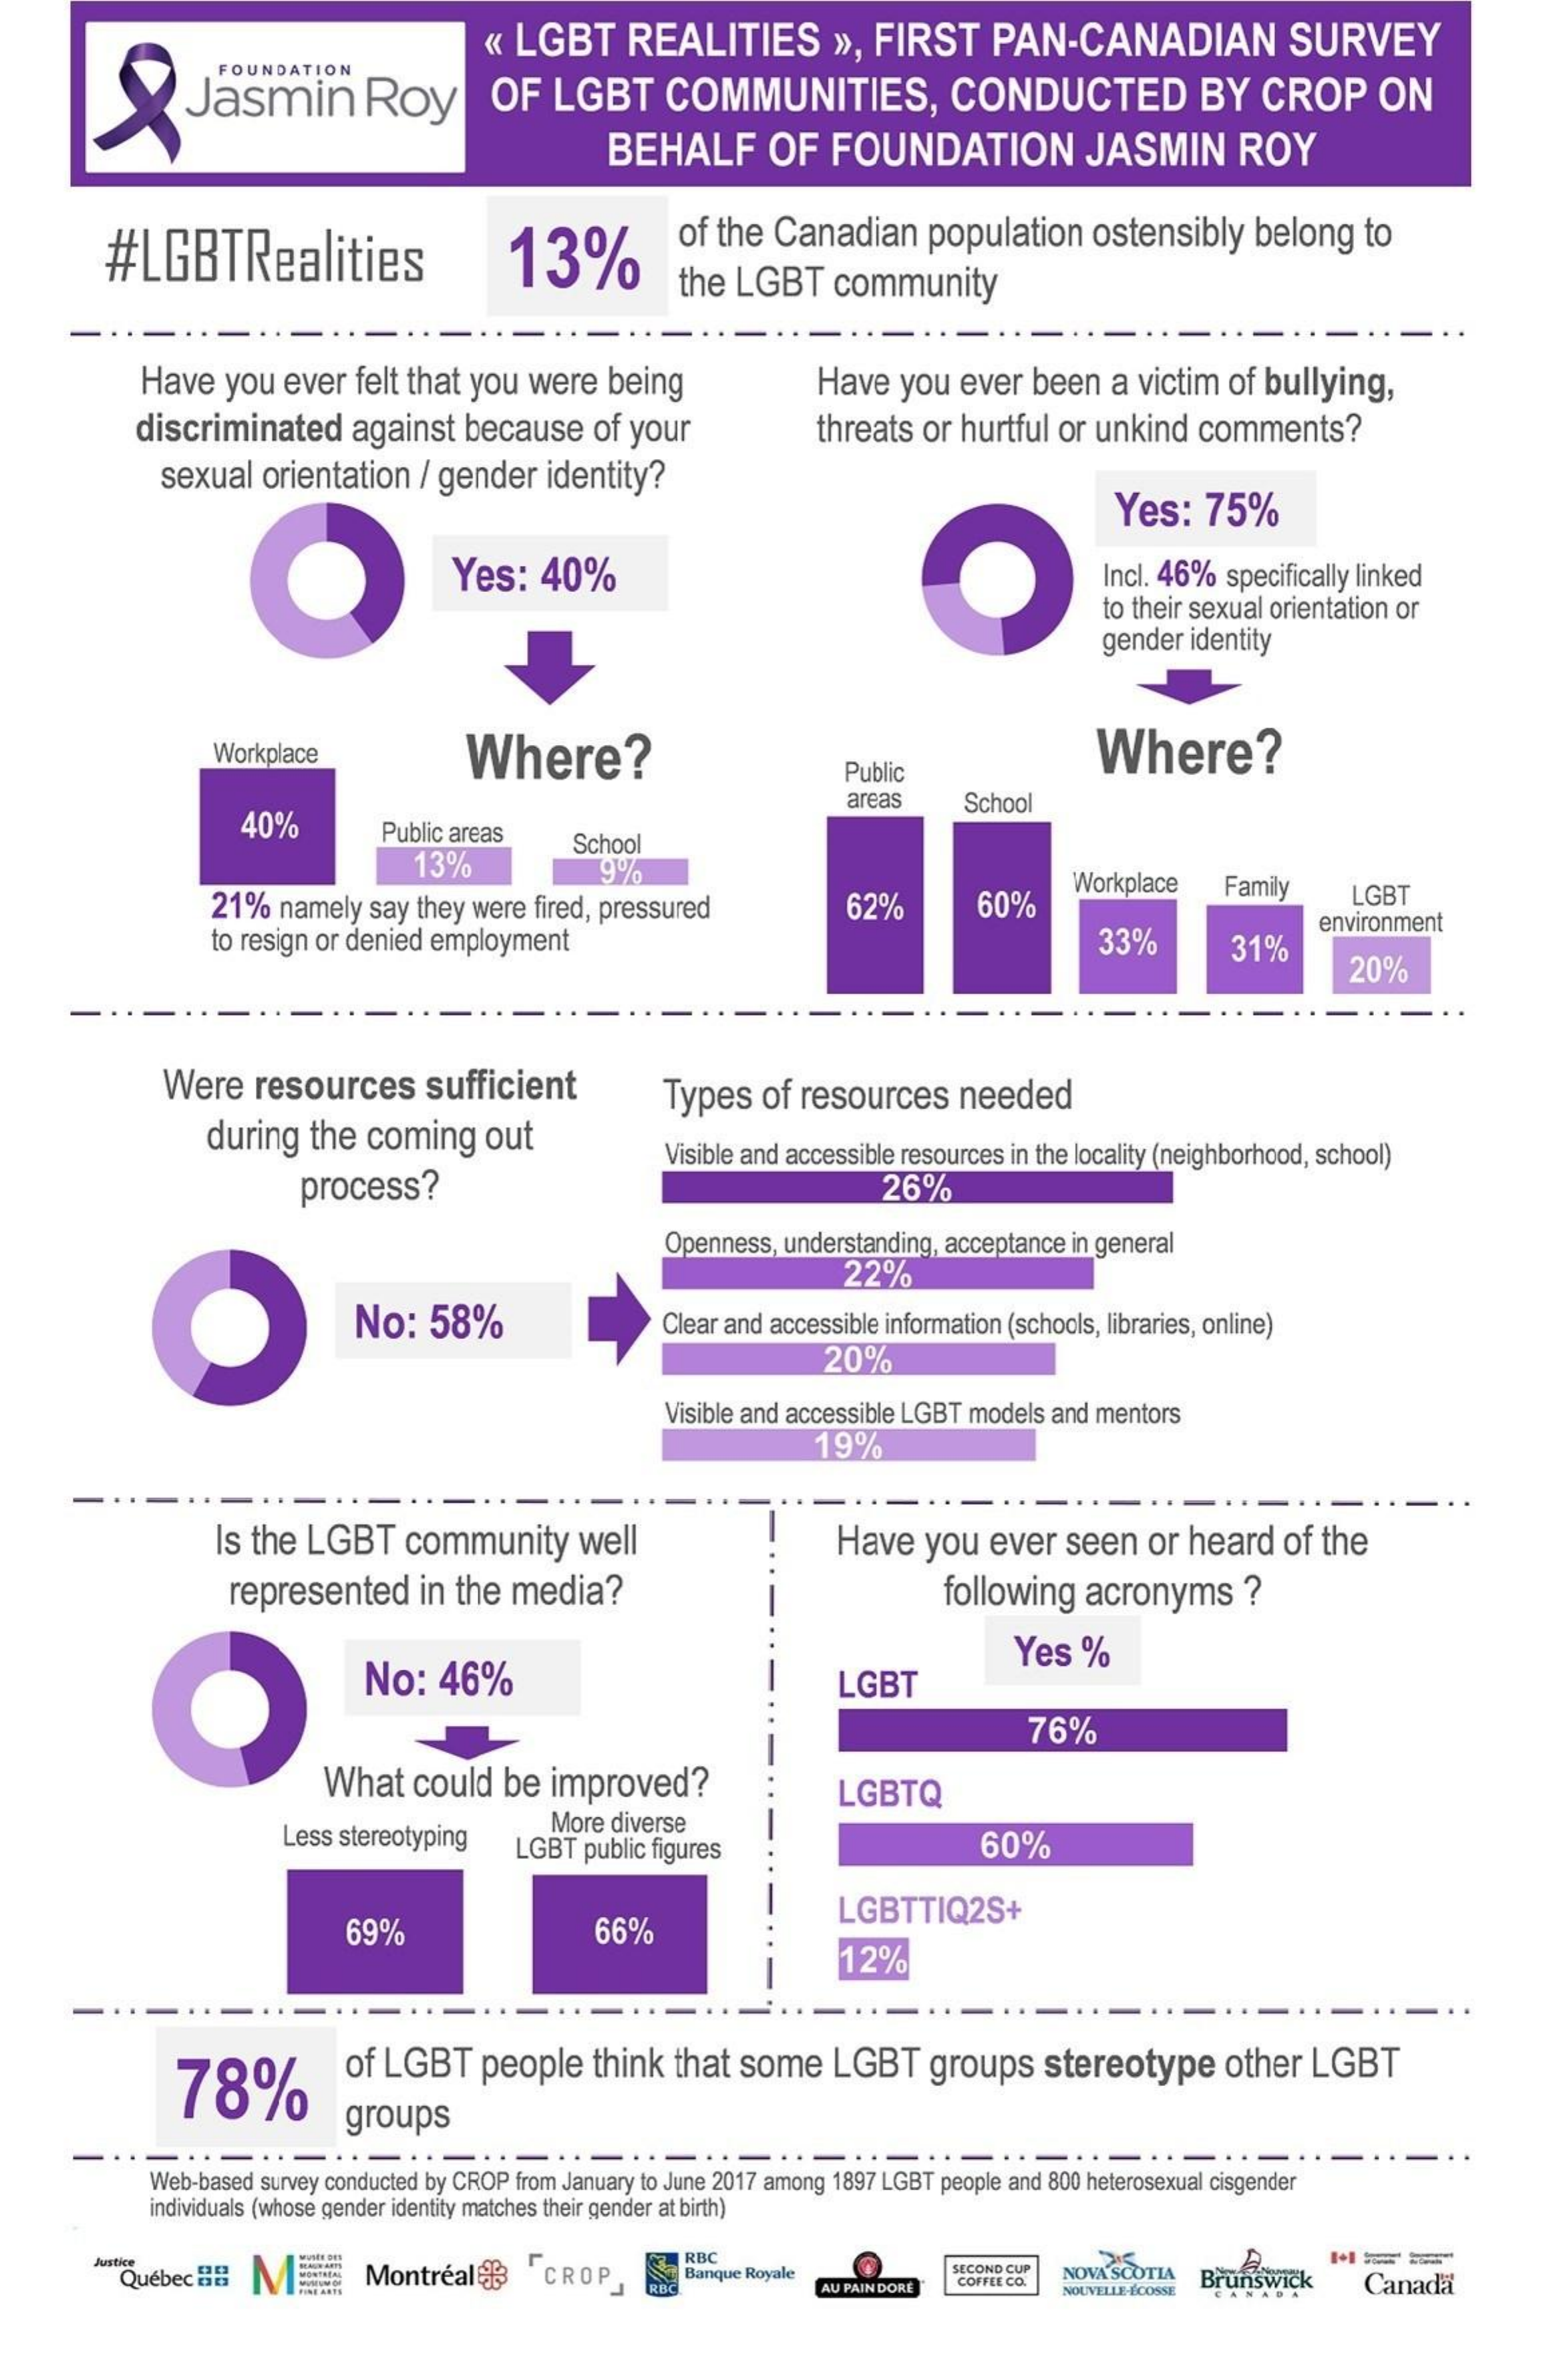
Jasmin    Roy
     « LGBT    REALITIES    », FIRST    PAN-CANADIAN    SURVEY
     FOUNDATION
     OF   LGBT    COMMUNITIES,    CONDUCTED    BY   CROP    ON
     BEHALF    OF   FOUNDATION    JASMIN    ROY
     #LGBTRealities    13%
     of the  Canadian    population    ostensibly   belong   to
     the LGBT    community
     -
     Have   you  ever  felt that you were   being    Have  you   ever been   a victim  of bullying,
     discriminated    against  because    of your    threats or  hurtful or unkind   comments?
     sexual  orientation  / gender   identity?
     Yes:   75%
     Yes:   40%    Incl. 46% specifically linked
     to their sexual orientation or
     gender identity
     Workplace    Where?    Where?
     Public
     40%
     areas    School
     Public areas
     13%
     School
     19%
     21%  namely  say they were fired, pressured    62%    60%
     Workplace    Family    LGBT
     to resign or denied employment    33%    31%
     environment
     20%
     Were   resources    sufficient
     during  the  coming    out
     Types   of resources    needed
     Visible and accessible resources in the locality (neighborhood, school)
     process?    26%
     Openness, understanding, acceptance in general
     22%
     No:   58%    Clear and accessible information (schools, libraries, online)
     20%
     Visible and accessible LGBT models and mentors
     19%
     Is the LGBT    community    well    Have    you  ever  seen   or  heard   of the
     represented    in the  media?    following  acronyms    ?
     No:   46%
     Yes   %
     LGBT
     76%
     What   could  be  improved?    LGBTQ
     Less stereotyping
     More diverse
     LGBT  public figures    60%
     69%    66%
     LGBTTIQ2S+
     12%
     78%
     of LGBT   people    think  that some    LGBT    groups    stereotype    other  LGBT
     groups
     Web-based survey conducted by CROP from January to June 2017 among 1897 LGBT people and 800 heterosexual cisgender
     individuals (whose gender identity matches their gender at birth)
     Justice    RBC
     Québec 88    Montreal    CROP    Banque Royale    COND CUP NOVA SCOTIA
     AU PAIN DORE
     COFFEE CO.    Brunswick
     NOUVELLE-ECOSSE    Canada